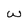
Character: w